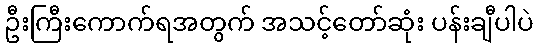
ဦးကြီးကောက်ရအတွက် အသင့်တော်ဆုံး ပန်းချီပါပဲ